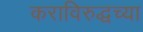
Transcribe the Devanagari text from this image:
कराविरुद्धच्या